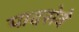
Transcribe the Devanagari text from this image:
पादसेवे